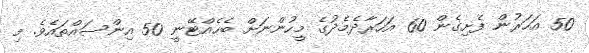
50 އަހަރުން ފެށިގެން 60 އަހަރާދެމެދުގެ މީހުންނަށް ބެހެއްޓޭނީ 50 އިންސައްތައެވެ. މި